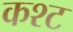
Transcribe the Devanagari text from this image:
कश्ट